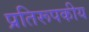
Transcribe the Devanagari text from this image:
प्रतिरूपकीय